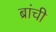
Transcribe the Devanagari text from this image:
ब्रांची